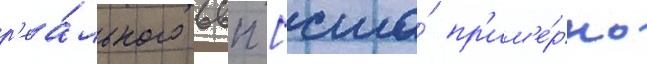
р'еа́льного ввп [сша́ пр'им'е́рно